Rangoon Lunatic Asylum 1878-1892 - 1878-1892
Year: 1878
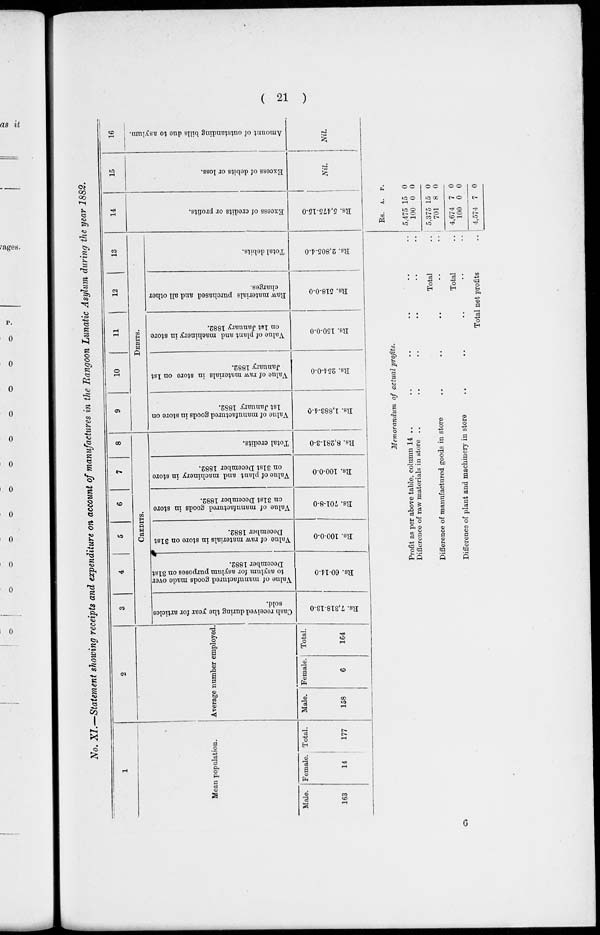
( 21 )
No. XI.—Statement showing receipts and expenditure on account of manufactures in the Rangoon Lunatic Asylum during the year 1882.
1
Mean population.
Male.
163
Female.
14
Total.
177
2
Average number employed.
Male.
158
Female.
6
Total.
164
3
4
5
6
7
8
CREDITS.
Cash received during the year for articles
sold.
Rs. 7,318-13-0
Value of manufactured goods made over
to asylum for asylum purposes on 31st
December 1882.
Rs. 60-14-0
Val ue of r aw ma t e r i a l s in s t or e on 31st
De c e mb e r 1882.
Rs. 100-0-0
Val ue of m a n u f a c t u r e d g o o d s in store
on 31st De c e mb e r 1882.
Rs. 701-8-0
Value of plant and machinery in store
on 31st December 1882.
Rs. 100-0-0
Total credits.
Rs. 8,281-3-0
9
10
11
12
13
DEBITS.
Value of manufactured goods in store on
1st January 1882.
Rs. 1,883-4-0
Value of raw materials in store on 1st
January 1882.
Rs. 254-0-0
Value of plant and machinery in store
on 1st January 1882.
Rs. 150-0-0
Raw materials purchased and all other
charges.
Rs. 518-0-0
Total debits.
Rs. 2,805-4-0
14
Excess of credits or profits.
Rs. 5,475-15-0
15
Excess of debits or loss.
Nil
16
Amount of outstanding bills due to asylum.
Nil
Memorandum of actual profits.
Profit as per above table, column 14 ..
..
..
.. .. ..
Difference of raw materials in store .. .. .. .. .. ..
Total
..
Difference of manufactured goods in store
..
..
..
..
..
Total
..
Difference of plant and machinery in store
..
..
..
..
..
Total net profits
..
Rs.
5,475
100
5,375
701
4,674
100
4,574
A.
15
0
15
8
7
0
7
P.
0
0
0
0
0
0
0